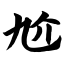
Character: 尬